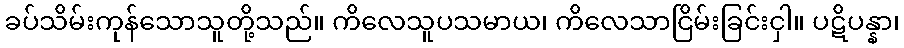
ခပ်သိမ်းကုန်သောသူတို့သည်။ ကိလေသူပသမာယ၊ ကိလေသာငြိမ်းခြင်းငှါ။ ပဋိပန္နာ၊